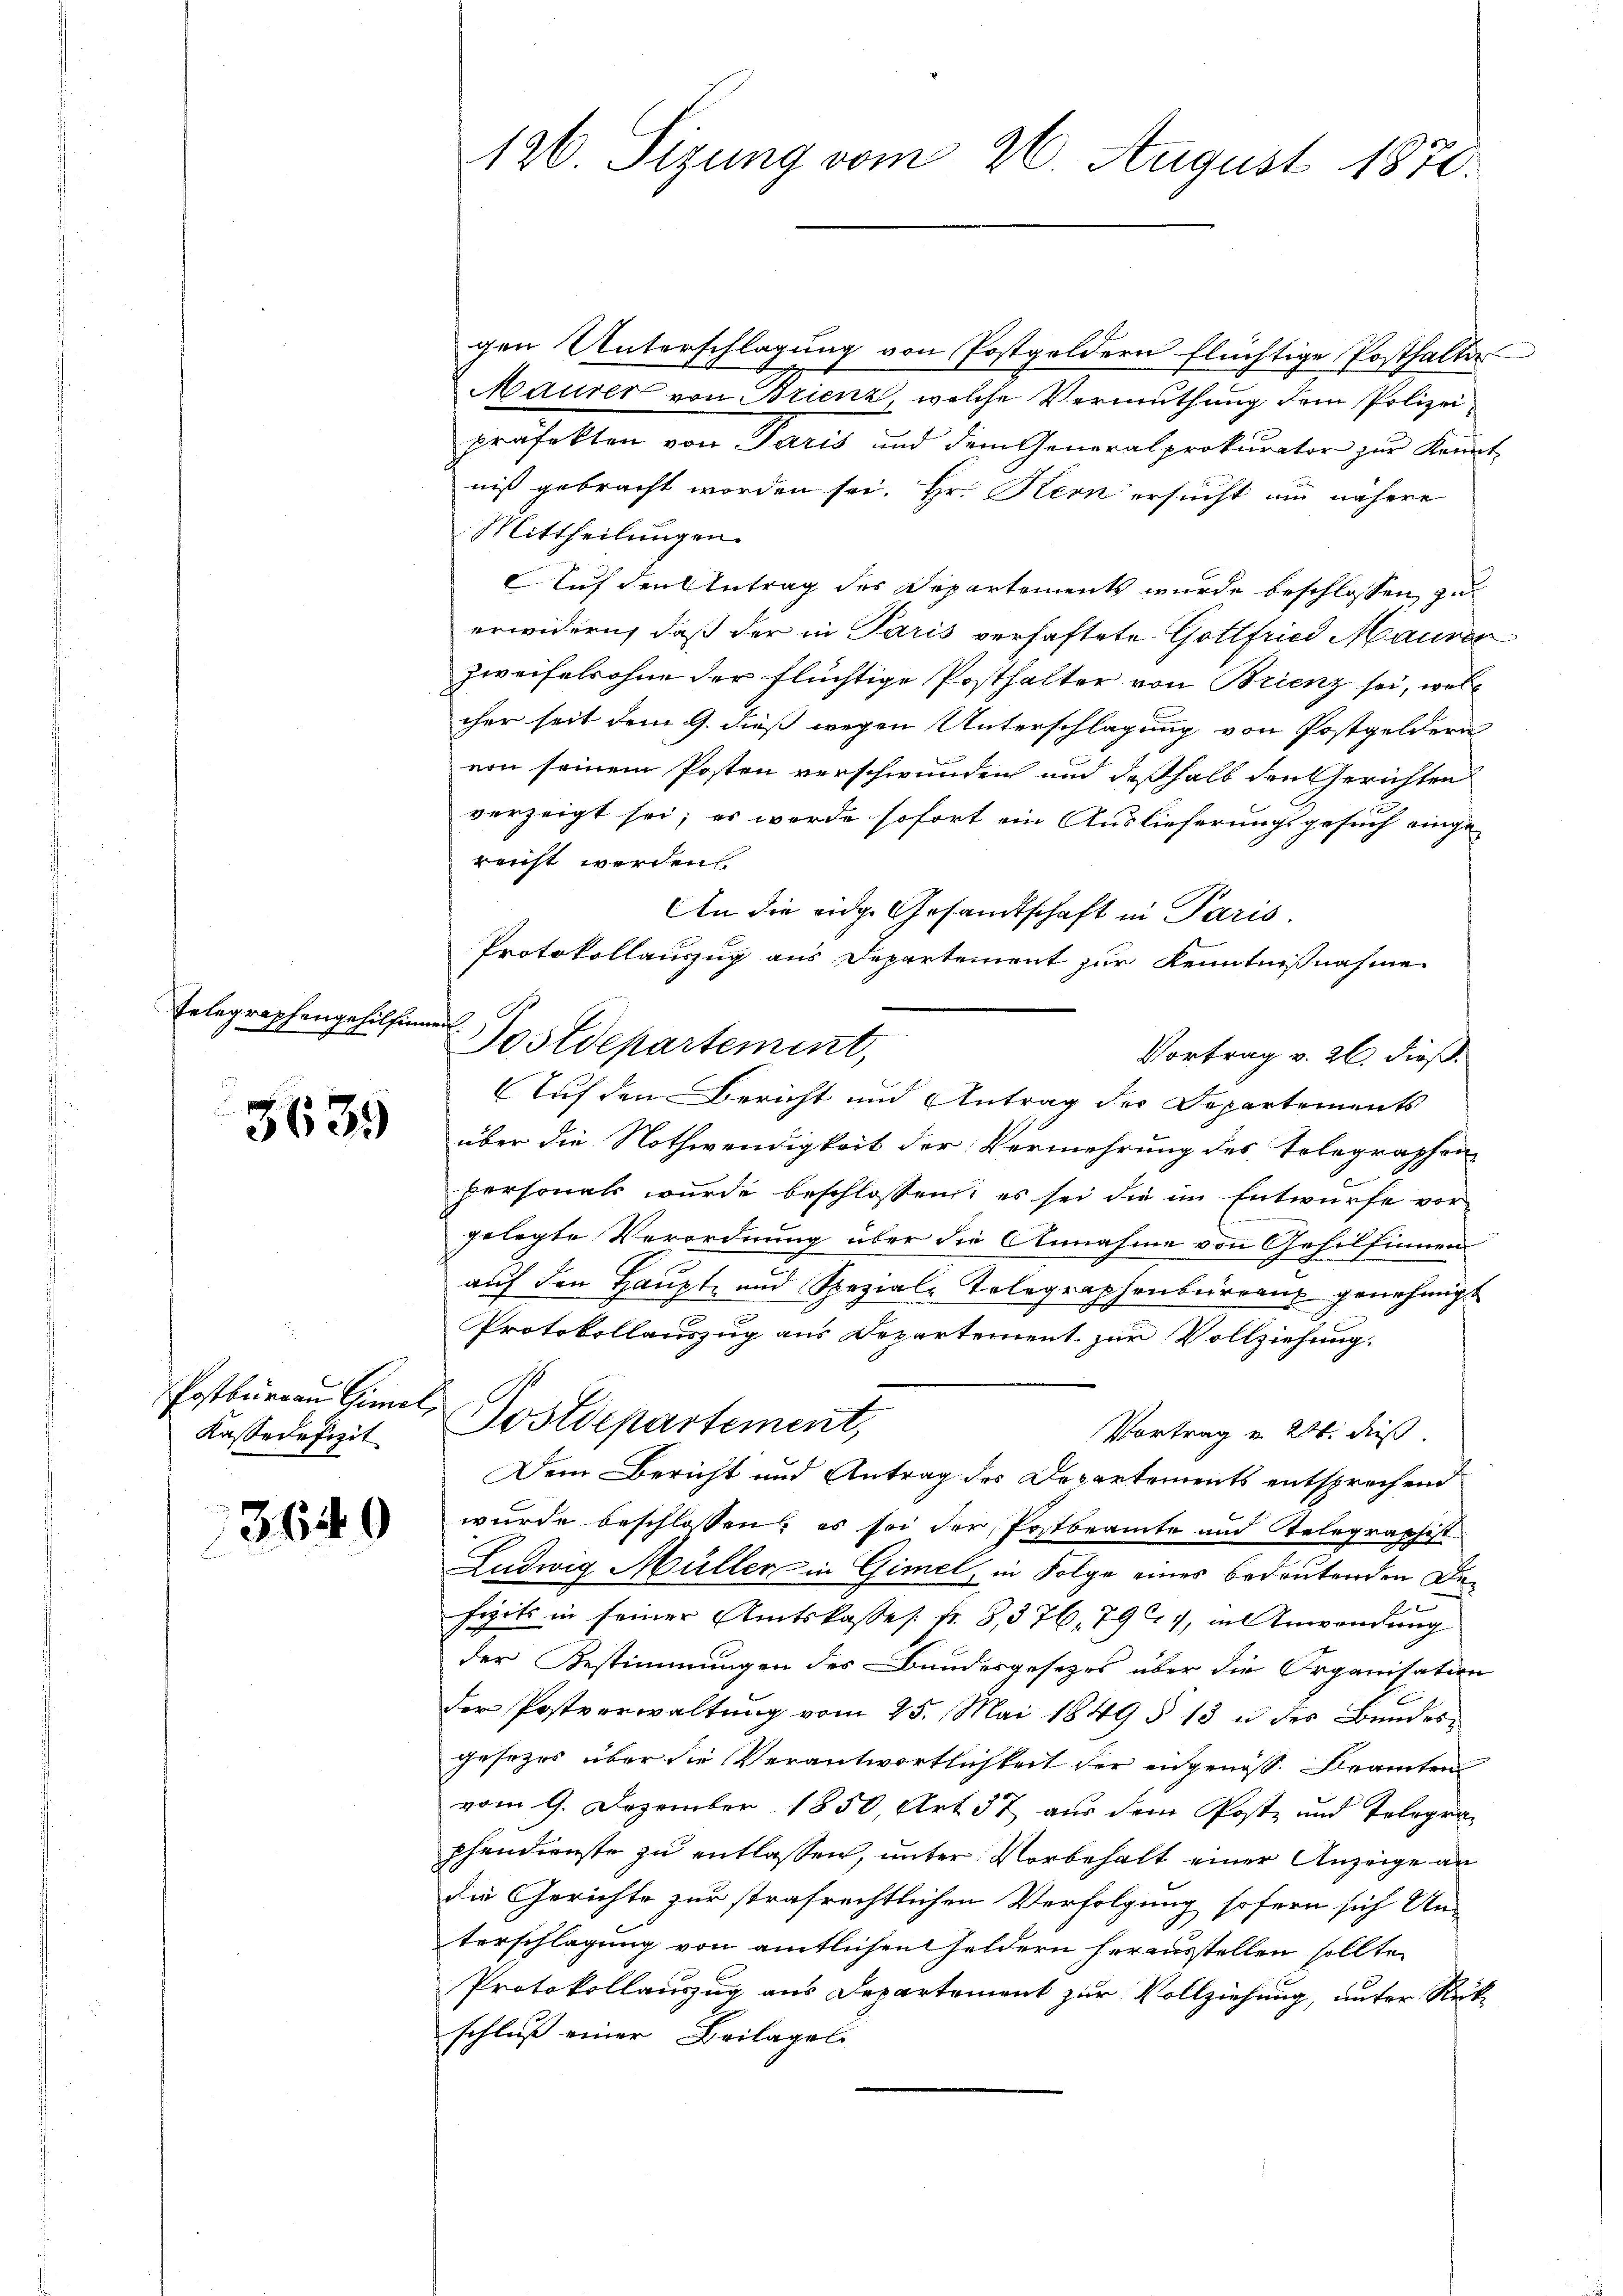
Telegraphengehilfen

5639

Postburgau Gimal,
Kasse defizit

3640

126 Sizung vom 26. August 1870.

gen Unterschlagung von Postgeldern flüchtige Posthalte
Maurer von Brienz, welche Vermuthung dem Polizei
Präfekten von Paris und dem Generalprokurator zur Kennt
niß gebracht worden sei. Hr. Kern ersucht um nähere
Mittheilungen.
Auf den Antrag des Departements wurde beschlossen, zu
erwidern, daß der in Paris verhaftete Gottfried Maurer
zweifelsohne der flüchtige Posthalter von Brienz sei, wolcher seit dem G. dieß wegen Unterschlagung von Postgeldern
von seinem Posten verschwunden und deßhalb den Gerichten
verzeigt sei; es werde sofort ein Auslieferungsgesuch eingereicht werden
An die eidg. Gesandtschaft in Paris.
Protokollauszug aus Departement zur Kenntnißnahme
¬
Sostdepartement,
Vortrag v. 26. dieß.
Auf den Bericht und Antrag der Departements
über die Nothwendigkeit der Vermehrung des Telegraphen
personats wurde beschlossen, es sei die im Entwurfe vorgelegte Verordnung über die Annahme von Gehilfinnen
auf den Haupt- und Speziale Telegraphenbureau genehmigt
Protokollauszug aus Departement zur Vollziehung.
Postdepartement,
Vortrag u. 216. daß
Dem Bericht und Antrag des Departements entsprechend
wurde beschlossen: es sei der Postbeamte und Telegraphist
Ludwig Müller in Gimel, in Folge eines bedeutenden Defizits in seiner Amtskasses. fr. 8, 376, 794, in Anwendung
der Bestimmungen des Bundesgesetzes über die Organisation
der Postverwaltŭng vom 25. Mai 1849 § 13 u des Bundesgesezes über die Verantwortlichkeit der eidgenöss. Beamten
vom 9. Dezember 1850, Art. 37 aus dem Post- und Telegraphendienste zu entlassen, unter Vorbehalt einer Anzeige an
die Gerichte zur strafrechtlichen Verfolgung sofern sich Un-
terschlagung von amtlichen Geldern herausstellen sollte,
Protokollauszug aus Departement zur Vollziehung, unter Rückschluß einer Beilages